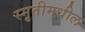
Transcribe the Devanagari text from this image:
स्मृतीमधील